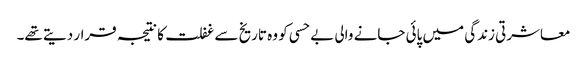
معاشرتی زندگی میں پائی جانے والی بے حسی کو وہ تاریخ سے غفلت کا نتیجہ قرار دیتے تھے۔